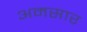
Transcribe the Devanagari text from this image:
अमसार